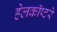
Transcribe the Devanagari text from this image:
हेलकॉप्टरे